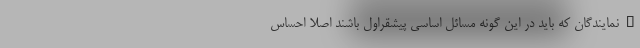
"نمایندگان که باید در این گونه مسائل اساسی پیشقراول باشند اصلا احساس